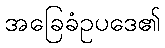
အခြေခံဥပဒေ၏